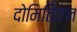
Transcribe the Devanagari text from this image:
दोमितियन